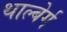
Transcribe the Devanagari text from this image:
थाल्बेर्ग